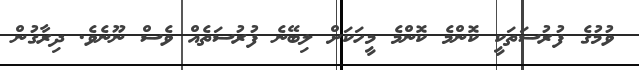
ވުމުގެ ފުރުސަތަކީ ކޮންމެ ކޮންމެ މީހަކަށް ލިބޭނެ ފުރުސަތެއް ވެސް ނޫނެވެ. ދިރާގުން